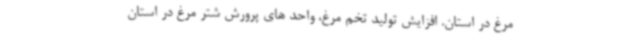
مرغ در استان. افزایش تولید تخم مرغ، واحد های پرورش شتر مرغ در استان